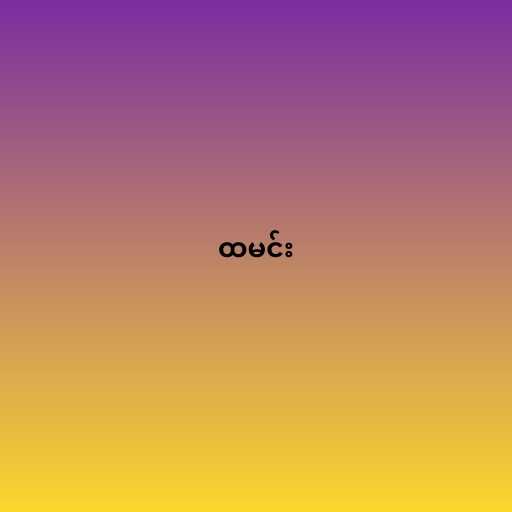
ထမင်း